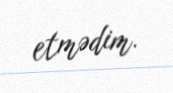
etmədim.